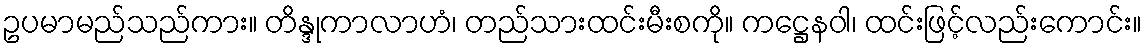
ဥပမာမည်သည်ကား။ တိန္ဒုကာလာဟံ၊ တည်သားထင်းမီးစကို။ ကဋ္ဌေနဝါ၊ ထင်းဖြင့်လည်းကောင်း။